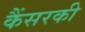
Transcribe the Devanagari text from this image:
कैंसरकी